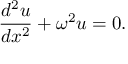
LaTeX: { \frac { d ^ { 2 } u } { d x ^ { 2 } } } + \omega ^ { 2 } u = 0 .